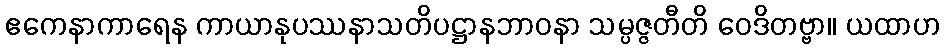
ဧကေနာကာရေန ကာယာနုပဿနာသတိပဋ္ဌာနဘာဝနာ သမ္ပဇ္ဇတီတိ ဝေဒိတဗ္ဗာ။ ယထာဟ